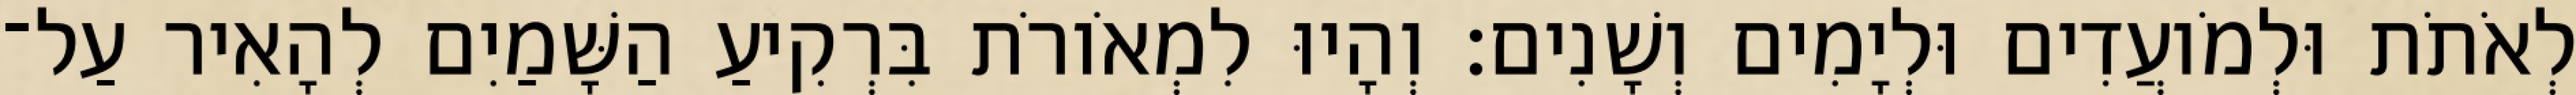
לְאֹתֹת וּלְמֹועֲדִים וּלְיָמִים וְשָׁנִים׃ וְהָיוּ לִמְאֹורֹת בִּרְקִיעַ הַשָּׁמַיִם לְהָאִיר עַל־